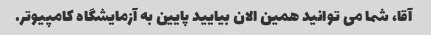
آقا، شما می توانید همین الان بیایید پایین به آزمایشگاه کامپیوتر.